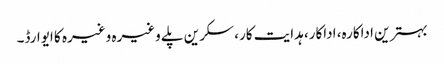
بہترین اداکارہ، اداکار، ہدایت کار، سکرین پلے وغیرہ وغیرہ کا ایوارڈ۔